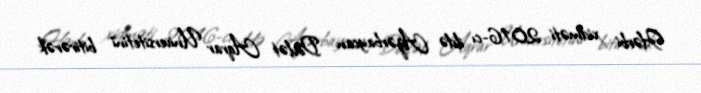
Hərbi xidməti 2016-cı ildə Azərbaycan Dövlət Aqrar Universitetini bitirərək